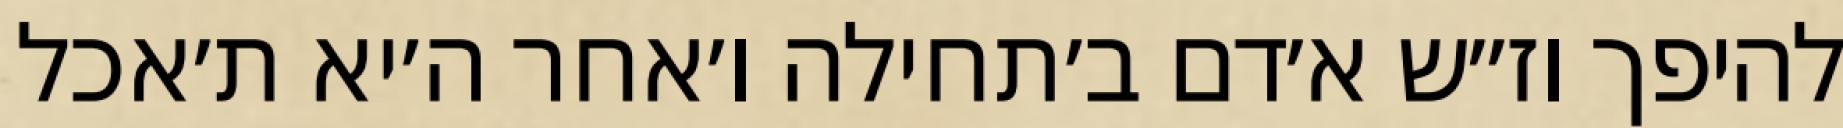
להיפך וז״ש א׳דם ב׳תחילה ו׳אחר ה׳יא ת׳אכל